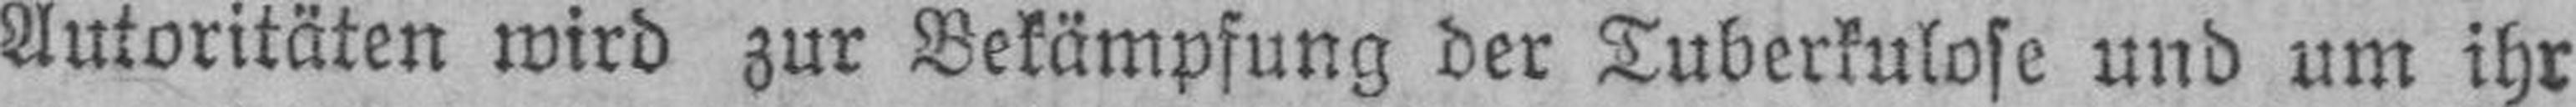
Autoritäten wird zur Bekämpfung der Tuberkulose und um ihr